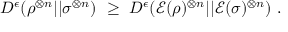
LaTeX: D ^ { \epsilon } ( \rho ^ { \otimes n } | | \sigma ^ { \otimes n } ) ~ \geq ~ D ^ { \epsilon } ( { \mathcal { E } } ( \rho ) ^ { \otimes n } | | { \mathcal { E } } ( \sigma ) ^ { \otimes n } ) ~ .